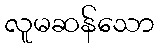
လူမဆန်သော